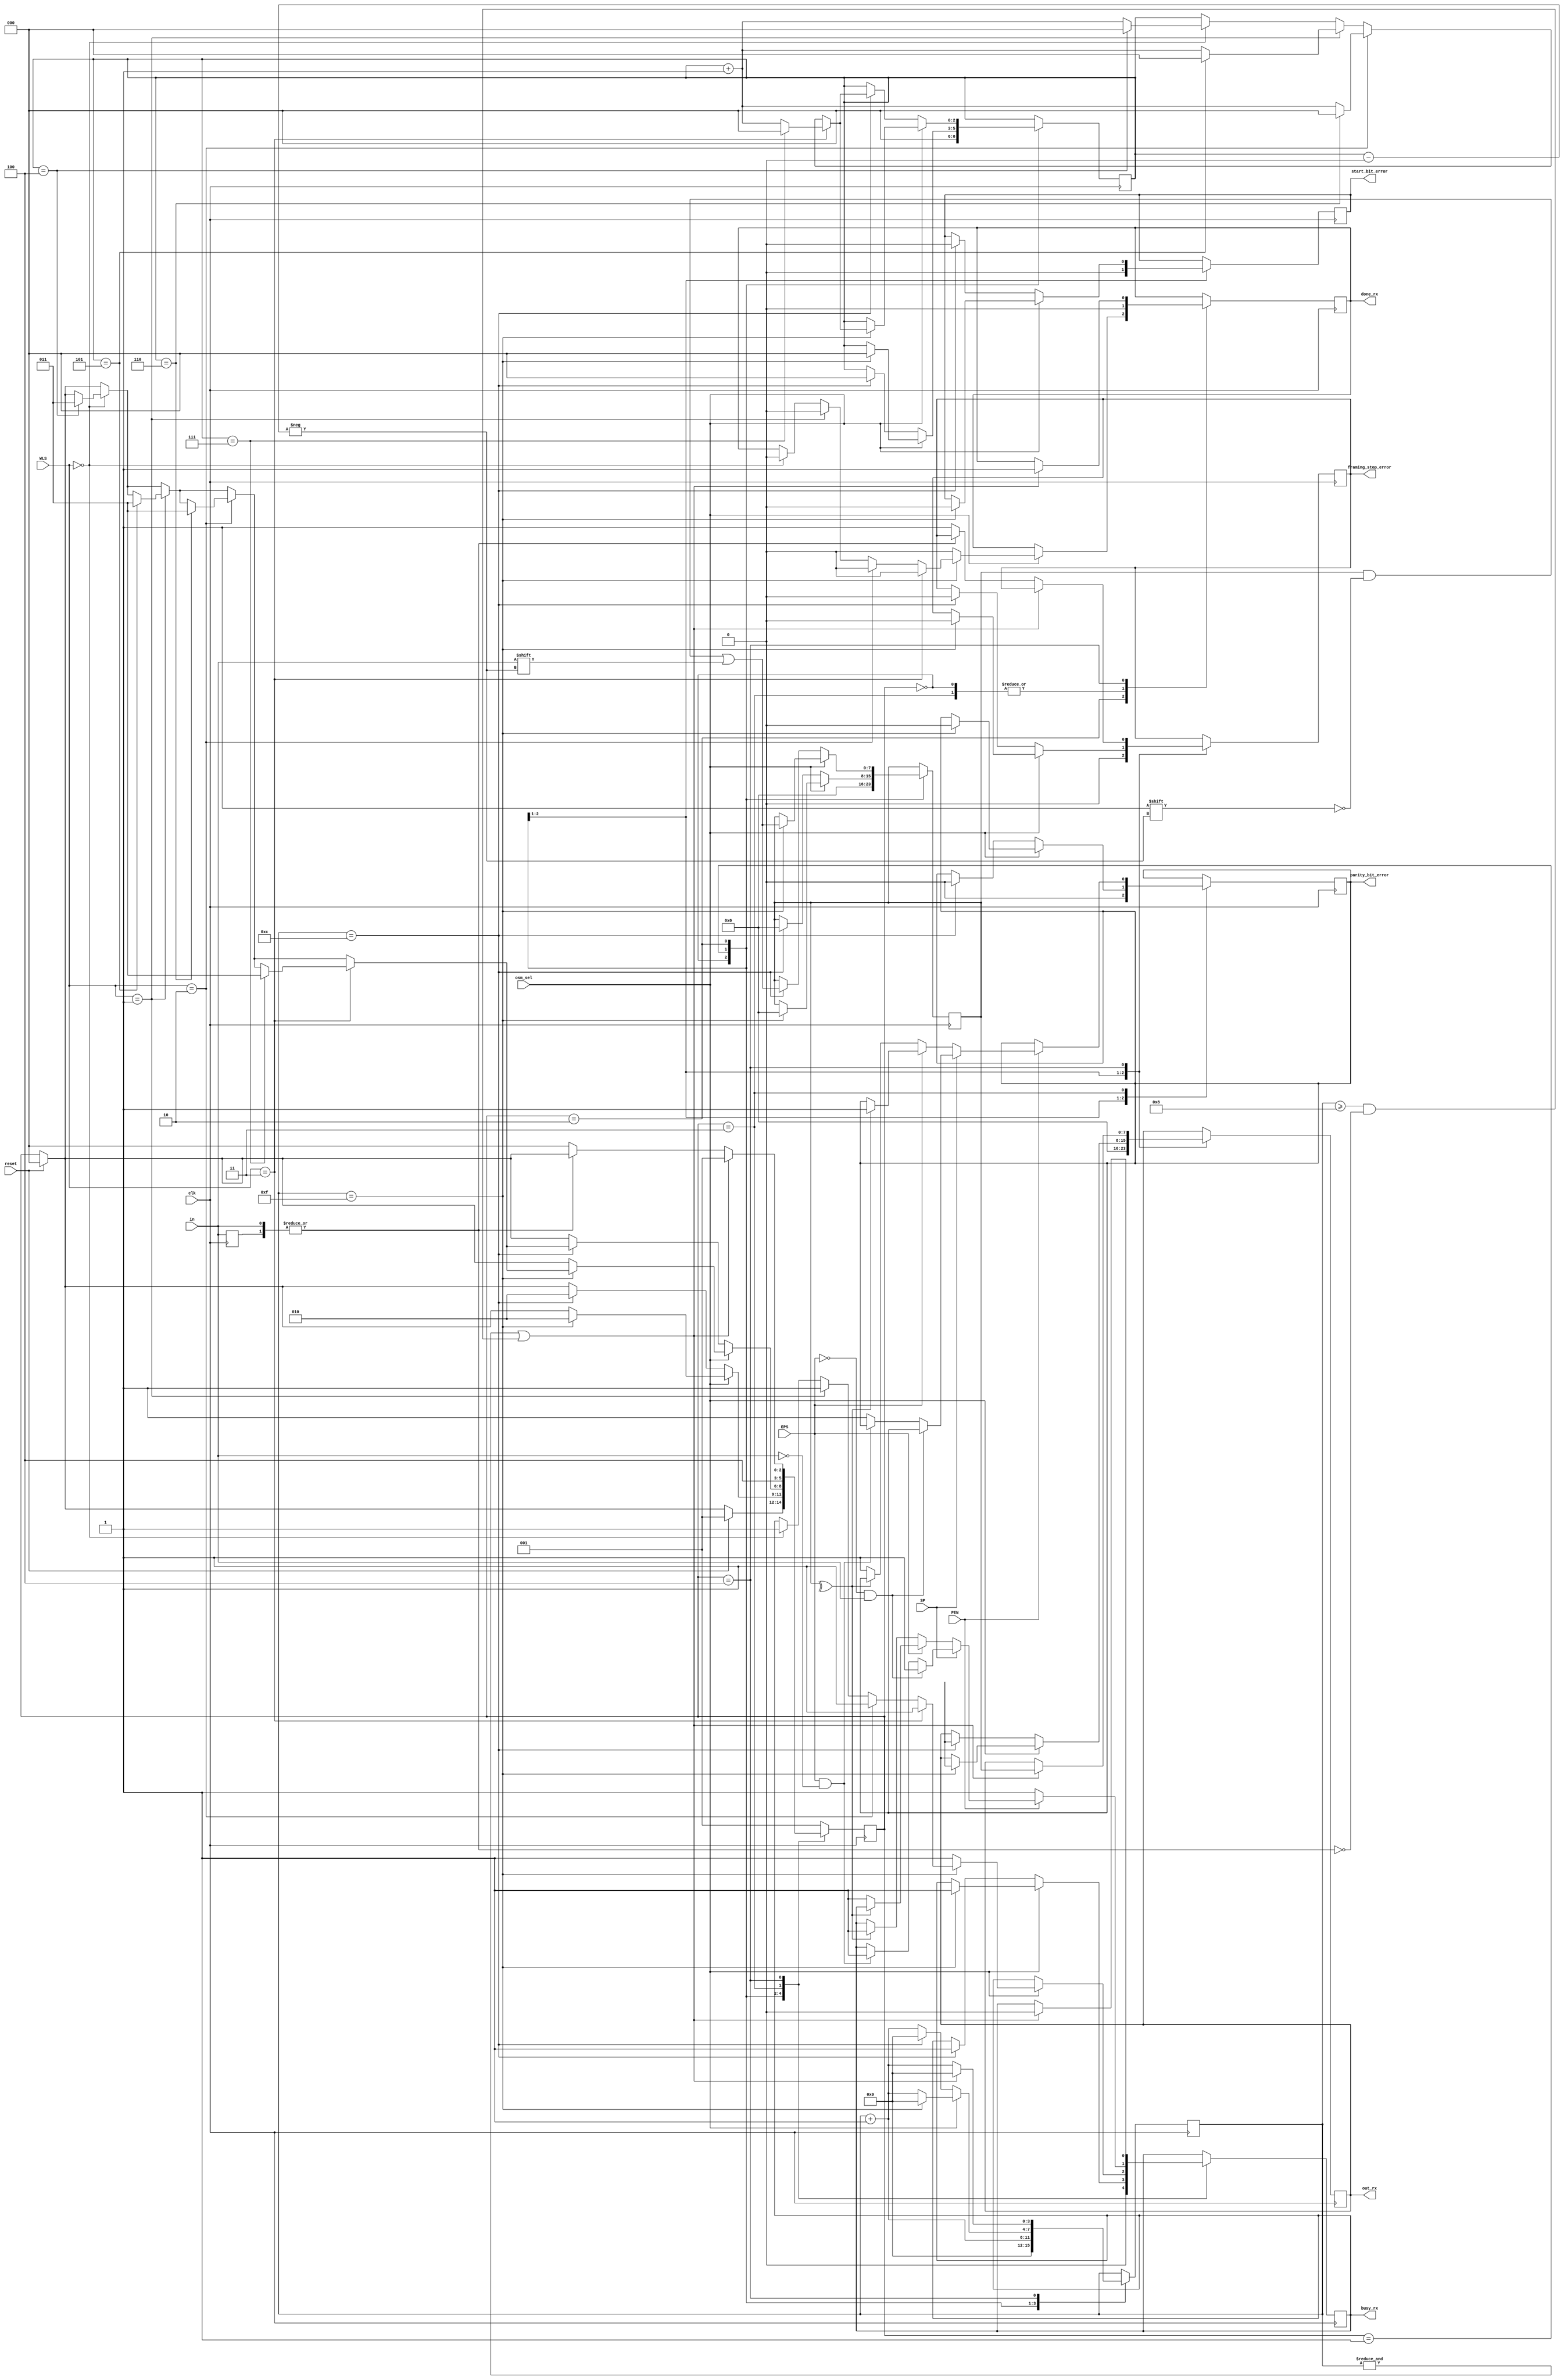
`define RESET 3'b000
`define  IDLE  3'b001
`define  DATA_BITS 3'b010
`define  PARITY_BITS 3'b011
`define  STOP_BIT 3'b100

module RECIEVER_TIMING_AND_SHIFT_REGISTER (
	 input  wire       EPS,
	 input  wire       PEN,
	 input  wire       SP,
    input  wire [1:0] WLS,
	 input  wire       clk,  // baud rate
    input  wire       reset,
    input  wire       in,   // rx
    input wire osm_sel,
    output reg  [7:0] out_rx,  // received data
    output reg        done_rx, // end on transaction
    output reg        busy_rx, // transaction is in process
    output reg        start_bit_error,
	 output reg        parity_bit_error,
    output reg        framing_stop_error);


// states of state machine

reg [2:0] state;
    
reg [2:0] bitIdx = 3'b0; // for 8-bit data
reg [1:0] inputSw = 2'b0; // shift reg for input signal state
reg [3:0] clockCount = 4'b0; // count clocks for 16x oversample
reg [7:0] receivedData = 8'b0; // temporary storage for input data

wire parity_check= ^receivedData;;


always @(posedge clk) begin

inputSw = { inputSw[0], in };
        if (reset) begin
            state <= `RESET;
        end

case (state)
`RESET: begin
        out_rx <= 8'b0;
		  start_bit_error <= 1'b0;
	     parity_bit_error <= 1'b0;
        framing_stop_error <= 1'b0;
        done_rx <= 1'b0;
        busy_rx <= 1'b0;
        bitIdx <= 3'b0;
        clockCount <= 4'b0;
        receivedData <= 8'b0;
        if (reset) 
         begin
          state <= `IDLE;
         end
       end

`IDLE: begin
       if (osm_sel==1'b0) begin
	if(clockCount==4'b1100) begin
         state <= `DATA_BITS;
         bitIdx <= 3'b0;
			out_rx <=8'bxxxxxxxx;
         clockCount <= 4'b0;
         receivedData <= 8'b0;
         busy_rx <= 1'b1;
         start_bit_error <= 1'b0;
	      parity_bit_error <= 1'b0;
         framing_stop_error <= 1'b0;
        end
       end
	else if(osm_sel==1'b1) begin
	 if(clockCount==4'b1111) begin
          state <= `DATA_BITS;
          out_rx <= 8'bxxxxxxxx;
          bitIdx <= 3'b0;
          clockCount <= 4'b0;
          receivedData <= 8'b0;
          busy_rx <= 1'b1;
          start_bit_error <= 1'b0;
			 parity_bit_error <= 1'b0;
          framing_stop_error <= 1'b0;
         end
       end
	else if (!(&inputSw) || |clockCount) begin
        // Check bit to make sure it's still low
         if (&inputSw) begin
          start_bit_error <= 1'b1;
          state <= `RESET;
         end
        end
	 clockCount <= clockCount + 4'b1;
        end

            // Wait 8 full cycles to receive serial data
`DATA_BITS: begin
      if(osm_sel==1'b0) begin
      if (clockCount==4'b1100) begin // save one bit of received data
              clockCount <= 4'b0;
               // TODO: check the most popular value
               receivedData[bitIdx] <= inputSw[0]; 
		if (WLS==2'b00) 
		 begin 
		  if (bitIdx==3'b100) 
		   begin
                    bitIdx <= 3'b0;
                    state <= `PARITY_BITS;
	           end 
		  else 
		   begin
                    bitIdx <= bitIdx + 3'b1;
		   end
		  end
    		  if (WLS==2'b01) 
		   begin 
		    if (bitIdx==3'b101) 
		     begin
                      bitIdx <= 3'b0;
                      state <= `PARITY_BITS;
		     end 
		   else 
		    begin
                     bitIdx <= bitIdx + 3'b1;
                    end
	           end				 
		if (WLS==2'b10) 
		 begin 
		  if (bitIdx==3'b110) 
		   begin
                    bitIdx <= 3'b0;
                    state <= `PARITY_BITS;
                   end 
	        else 
		 begin
                  bitIdx <= bitIdx + 3'b1;
                 end
		end
	       if(WLS==2'b11) 
		begin 
		 if(bitIdx==3'b111)
		  begin
                   bitIdx <= 3'b0;
                   state <= `PARITY_BITS;
                  end 
		 else 
		begin
               bitIdx <= bitIdx + 3'b1;
              end
	      end
              end					 
	     else begin
             clockCount <= clockCount + 4'b1;
             end
             end
            else if(osm_sel==1'b1) begin
                if (clockCount==4'b1111) begin // save one bit of received data
                    clockCount <= 4'b0;
                    // TODO: check the most popular value
						  receivedData[bitIdx] <= inputSw[0];            
					  if (WLS==2'b00) 
						 begin 
						  if (bitIdx==3'b100) 
							begin
                        bitIdx <= 3'b0;
								busy_rx<=1'b1;
						      done_rx<=1'b0;
                        state <= `PARITY_BITS;
							end 
						  else 
							begin
							 busy_rx<=1'b1;
						    done_rx<=1'b0;
                      bitIdx <= bitIdx + 3'b1;
							end
						end
    				if (WLS==2'b01) 
						  begin 
						  if (bitIdx==3'b101) 
							begin
								busy_rx<=1'b1;
						      done_rx<=1'b0;
                        bitIdx <= 3'b0;
                        state <= `PARITY_BITS;
							end 
							else 
							 begin
							   busy_rx<=1'b1;
						      done_rx<=1'b0;
                        bitIdx <= bitIdx + 3'b1;
                      end
						 end				 
					 if (WLS==2'b10) 
					  begin 
						if (bitIdx==3'b110) 
						 begin
                        bitIdx <= 3'b0;
								busy_rx<=1'b1;
						      done_rx<=1'b0;
                        state <= `PARITY_BITS;
                   end 
						else 
						 begin
						 busy_rx<=1'b1;
						 done_rx<=1'b0;
                   bitIdx <= bitIdx + 3'b1;
                   end
					 end
					if(WLS==2'b11) 
					 begin 
				    if(bitIdx==3'b111)
					 begin
                    bitIdx <= 3'b0;
						  busy_rx<=1'b1;
						  done_rx<=1'b0;
                    state <= `PARITY_BITS;
                end 
					 else 
					  begin
                        bitIdx <= bitIdx + 3'b1;
								busy_rx<=1'b1;
				     		  done_rx<=1'b0;
                 end
					  end
              end
					  else begin
                    clockCount <= clockCount + 4'b1;
						  busy_rx<=1'b1;
						  done_rx<=1'b0;
                end
            end
				end

`PARITY_BITS : begin
	       if(PEN==1'b0)
		begin
		 busy_rx    <= 1'b1;
		 done_rx<=1'b0;
		 state   <= `STOP_BIT;
		end 
	       else begin
		if(SP==1'b0) 
		 begin
		  if(EPS==1'b0)
		   begin
		    if(parity_check==1'b1)
		     begin
		      busy_rx    <= 1'b1;
		      done_rx<=1'b0;
				state   <= `STOP_BIT;
		     end
		    else
		     begin
		      parity_bit_error <= 1'b1;
		      done_rx<=1'b0;
				state  <= `STOP_BIT;
		     end
		    end 
		    else 	
		     begin
		      if(parity_check==1'b0)
		       begin
			busy_rx  <= 1'b1;
				done_rx<=1'b0;
			state <= `STOP_BIT;
		       end
		     else 
		      begin
			parity_bit_error<=1'b1;
			done_rx<=1'b0;
			state   <= `STOP_BIT;
		      end
		     end
	            end
		    else begin 
		     if(EPS==1'b0 && inputSw[0]==1'b1)
		      begin
		       busy_rx <= 1'b1;
		       done_rx<=1'b0;
				 state   <= `STOP_BIT;
		      end
		    else if(EPS==1'b1 && inputSw[0]==1'b0)
		     begin
		      busy_rx <= 1'b1;
				done_rx<=1'b0;
		      state   <= `STOP_BIT;
		     end
		    else 
		     begin
		      parity_bit_error <= 1'b1;
		      done_rx<=1'b0;
				state   <= `STOP_BIT;
		     end
		    end
		   end
		  end
/*
* Baud clock may not be running at exactly the same rate as the
* transmitter. Next start bit is allowed on at least half of stop bit.
*/

`STOP_BIT: begin
           if (&clockCount || (clockCount >= 4'h8 && !(|inputSw))) begin
            state <= `IDLE;
            done_rx <= 1'b1;
            busy_rx <= 1'b0;
            out_rx <= receivedData;
            clockCount <= 4'b0;
           end else begin
           clockCount <= clockCount + 1;
                    // Check bit to make sure it's still high
            if (!(|inputSw)) begin
             framing_stop_error <= 1'b1;
             state <= `RESET;
            end
            end
            end

default: state <= `IDLE;
endcase
end

endmodule